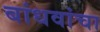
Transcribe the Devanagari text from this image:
बांधवांचा